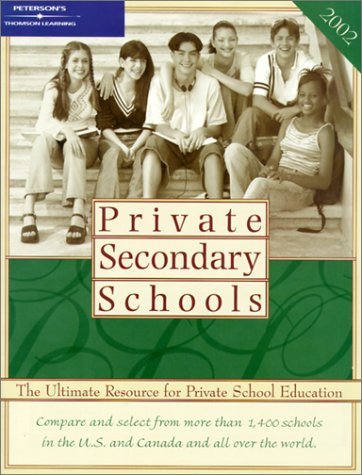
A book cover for Private Secondary Schools 2001-2002 (Peterson's Private Secondary Schools); Peterson's; Test Preparation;